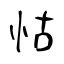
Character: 怙